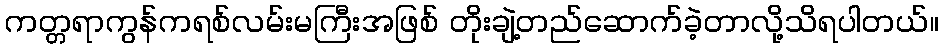
ကတ္တရာကွန်ကရစ်လမ်းမကြီးအဖြစ် တိုးချဲ့တည်ဆောက်ခဲ့တာလို့သိရပါတယ်။